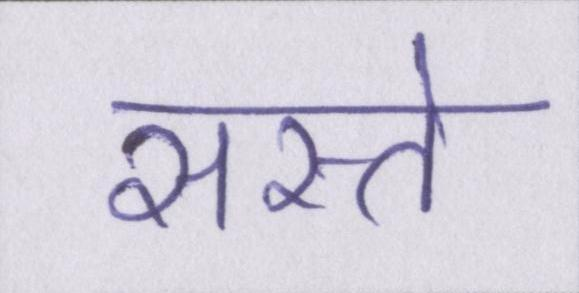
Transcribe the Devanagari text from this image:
सस्ते